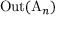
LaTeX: \operatorname { O u t } ( \mathrm { A } _ { n } )